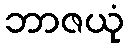
ဘာဇယုံ